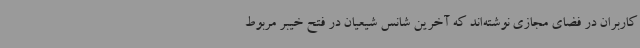
کاربران در فضای مجازی نوشته‌اند که آخرین شانس شیعیان در فتح خیبر مربوط